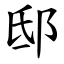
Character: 邸